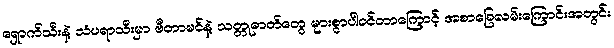
ရှောက်သီးနဲ့ သံပရာသီးမှာ ဗီတာမင်နဲ့ သတ္တုဓာတ်တွေ များစွာပါဝင်တာကြောင့် အစာခြေလမ်းကြောင်းအတွင်း